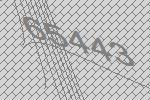
65443